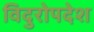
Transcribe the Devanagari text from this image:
विदुरोपदेश